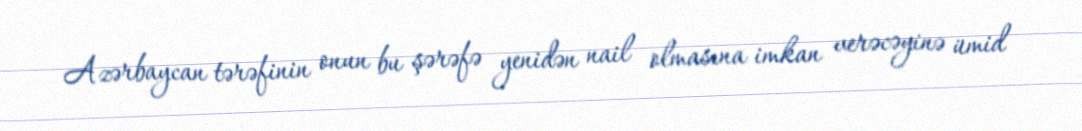
Azərbaycan tərəfinin onun bu şərəfə yenidən nail olmasına imkan verəcəyinə ümid